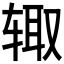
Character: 𰺋